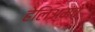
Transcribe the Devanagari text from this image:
हेलिअमचे